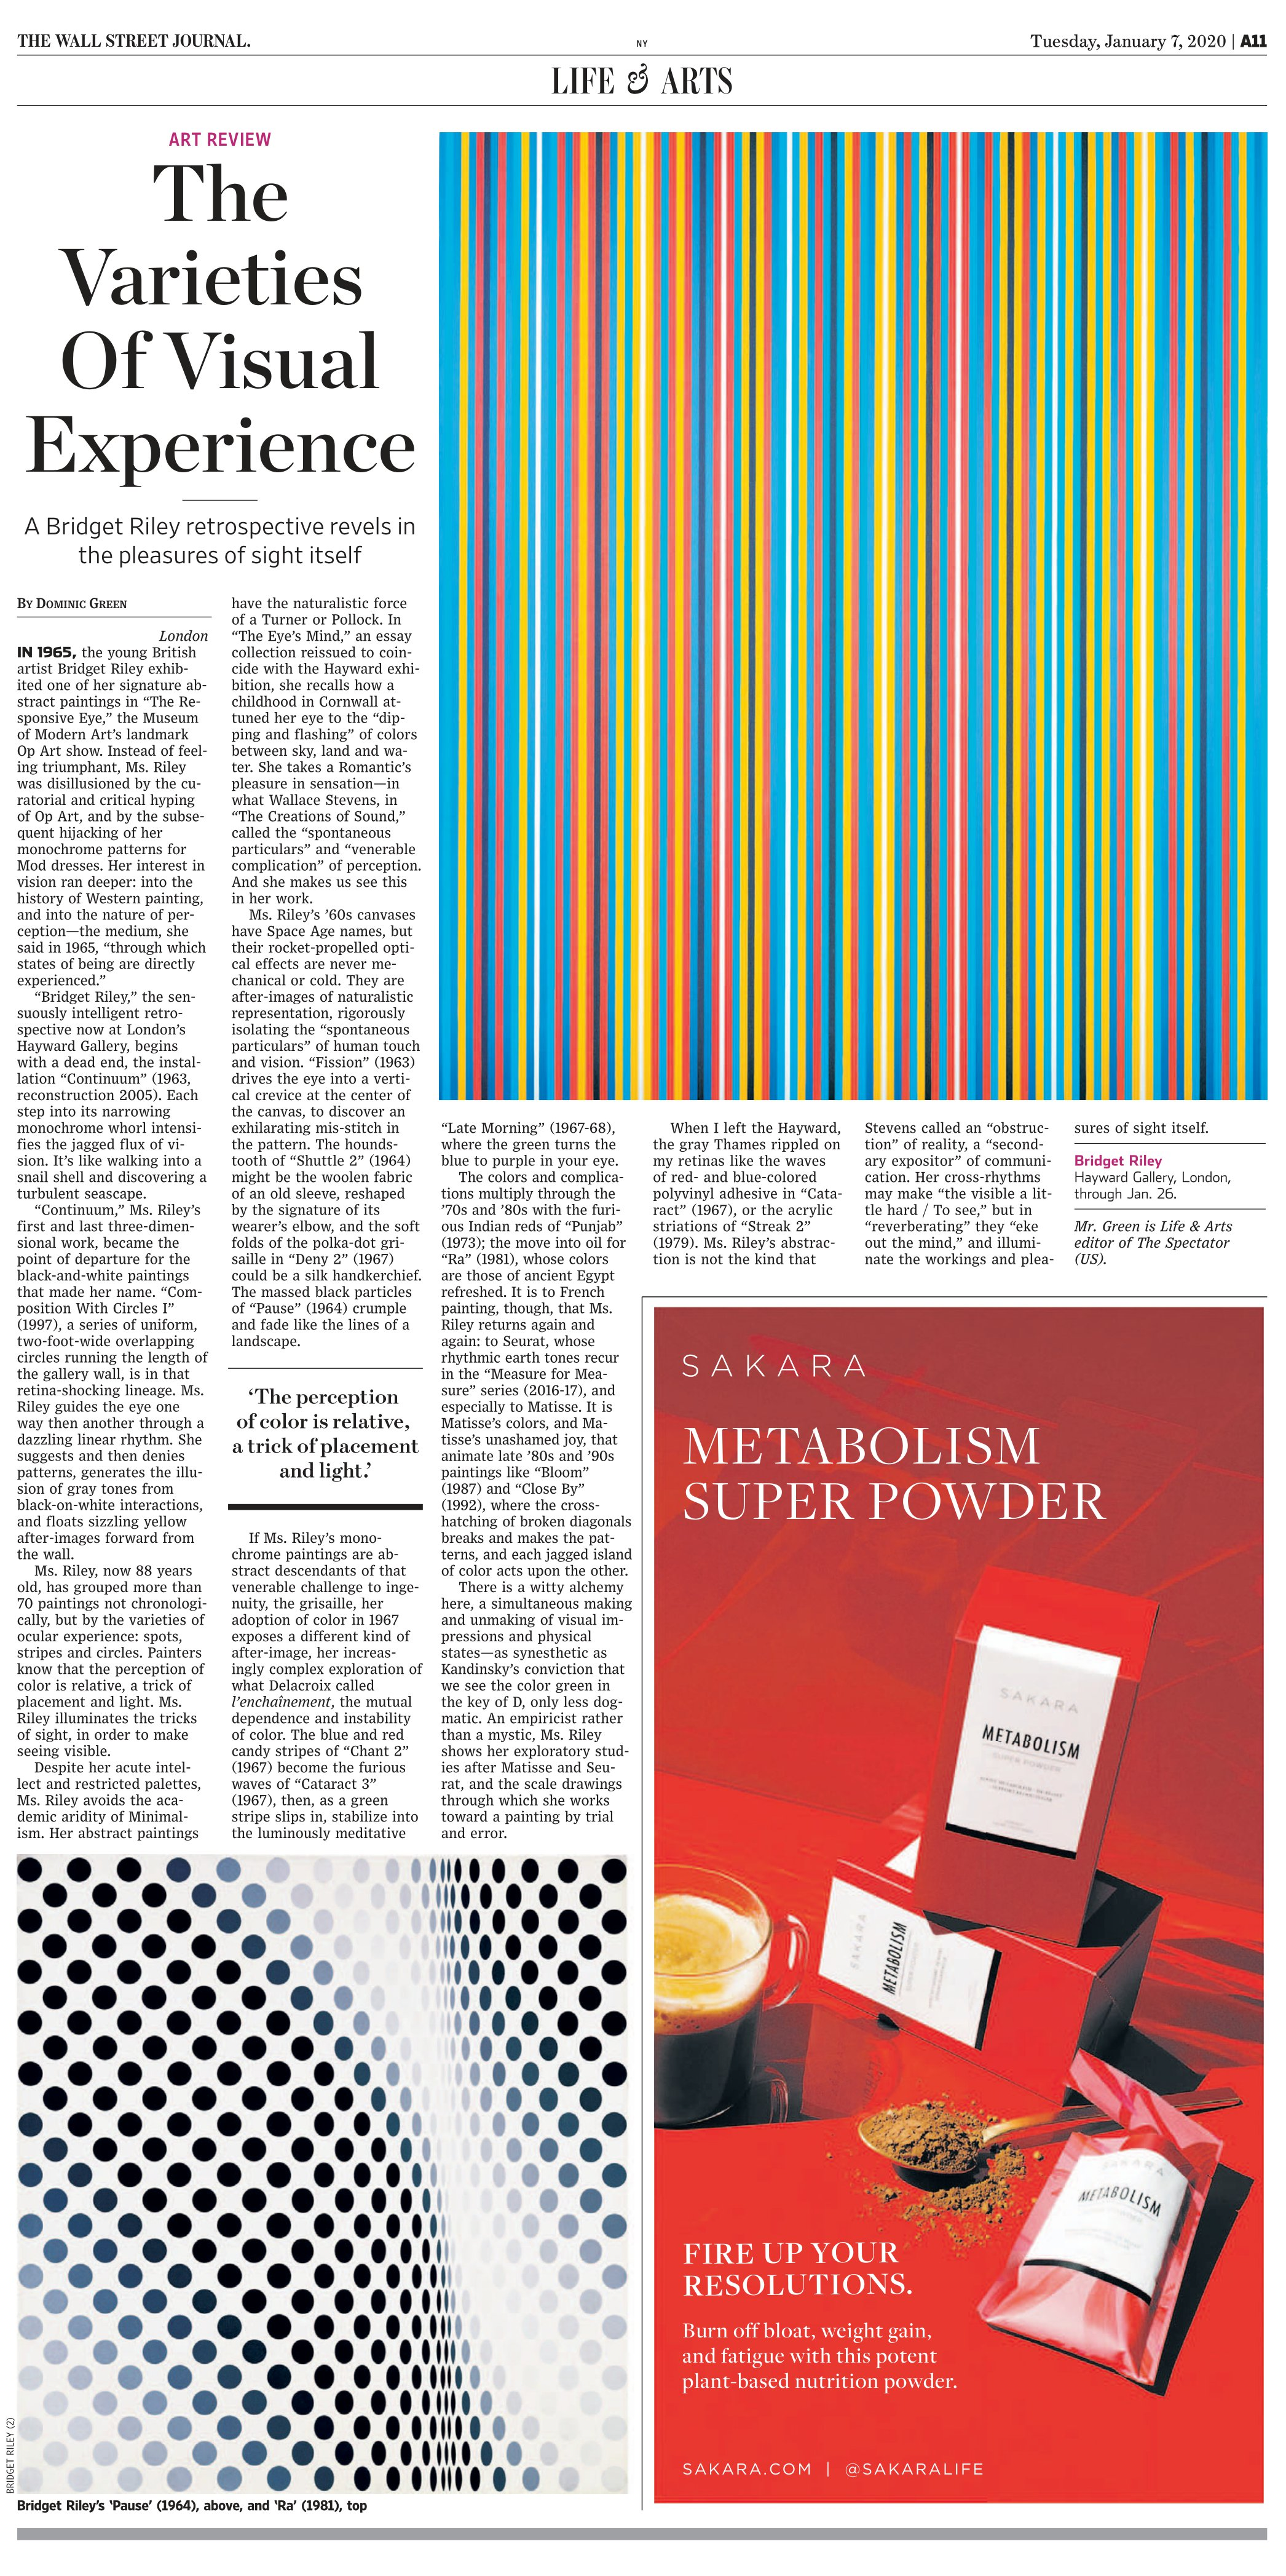
Language: en